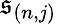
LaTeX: \mathfrak{s}_{(n,j)}